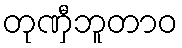
တုဏှီဘူတာဝ